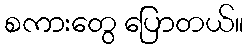
စကားတွေ ပြောတယ်။